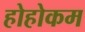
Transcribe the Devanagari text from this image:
होहोकम